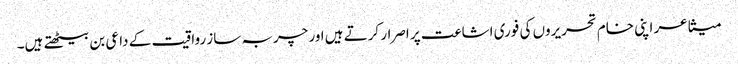
متشاعر اپنی خام تحریروں کی فوری اشاعت پر اصرار کرتے ہیں اور چربہ ساز رواقیت کے داعی بن بیٹھتے ہیں۔